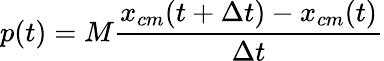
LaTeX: p(t)=M\frac{x_{cm}(t+\Delta t)-x_{cm}(t)}{\Delta t}